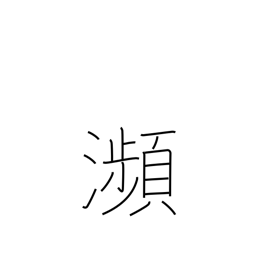
Meaning: brink